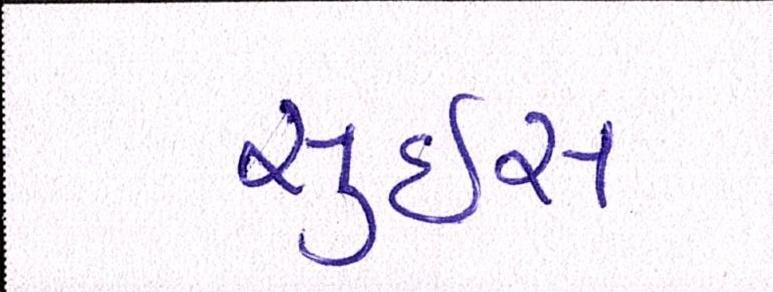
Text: સુઇસ